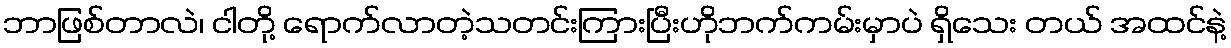
ဘာဖြစ်တာလဲ၊ ငါတို့ ရောက်လာတဲ့သတင်းကြားပြီးဟိုဘက်ကမ်းမှာပဲ ရှိသေး တယ် အထင်နဲ့